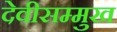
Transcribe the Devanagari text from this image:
देवीसम्मुख